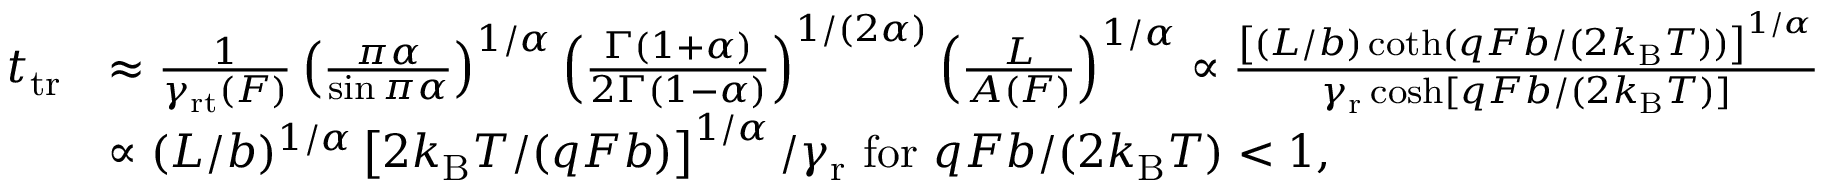
\begin{array} { r l } { t _ { \mathrm { t r } } } & { \approx \frac { 1 } { \gamma _ { \mathrm { r t } } ( F ) } \left( \frac { \pi \alpha } { \sin \pi \alpha } \right) ^ { 1 / \alpha } \left( \frac { \Gamma ( 1 + \alpha ) } { 2 \Gamma ( 1 - \alpha ) } \right) ^ { 1 / ( 2 \alpha ) } \left( \frac { L } { A ( F ) } \right) ^ { 1 / \alpha } \propto \frac { \left[ ( L / b ) \coth ( q F b / ( 2 k _ { \mathrm { B } } T ) ) \right] ^ { 1 / \alpha } } { \gamma _ { \mathrm { r } } \cosh [ q F b / ( 2 k _ { \mathrm { B } } T ) ] } } \\ & { \propto ( L / b ) ^ { 1 / \alpha } \left[ 2 k _ { \mathrm { B } } T / ( q F b ) \right] ^ { 1 / \alpha } / \gamma _ { \mathrm { r } } \mathrm { ~ f o r ~ } q F b / ( 2 k _ { \mathrm { B } } T ) < 1 , } \end{array}